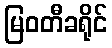
မြဝတီခရိုင်